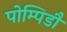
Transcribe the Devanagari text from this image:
पोम्पिडौ